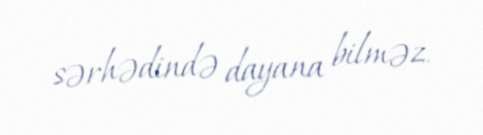
sərhədində dayana bilməz.